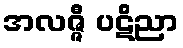
အလဇ္ဇီ ပဋိညာ